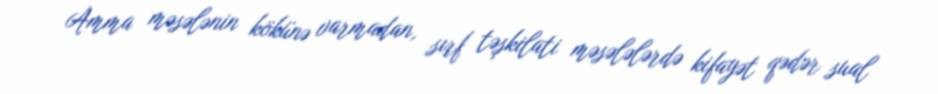
Amma məsələnin kökünə varmadan, sırf təşkilati məsələlərdə kifayət qədər sual